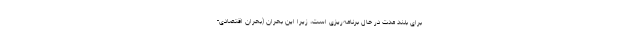
برای بلند مدت در حال برنامه‌ریزی است، زیرا این بحران (بحران اقتصادی-